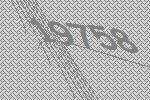
19758